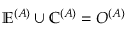
\mathbb { E } ^ { ( A ) } \cup \mathbb { C } ^ { ( A ) } = O ^ { ( A ) }